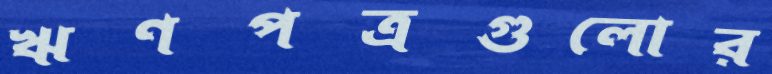
ঋণপত্রগুলোর